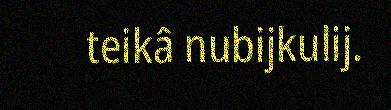
teikâ nubijkulij.